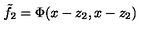
\tilde { f } _ { 2 } = \Phi ( x - z _ { 2 } , x - z _ { 2 } )